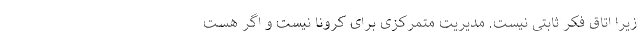
زیرا اتاق فکر ثابتی نیست. مدیریت متمرکزی برای کرونا نیست و اگر هست